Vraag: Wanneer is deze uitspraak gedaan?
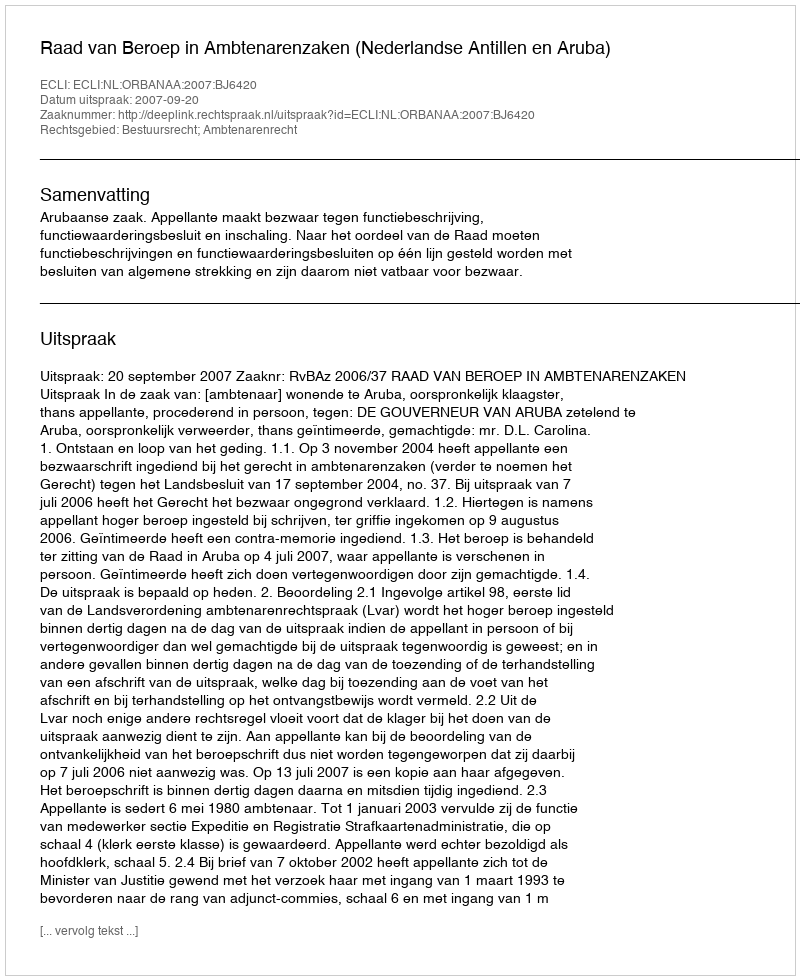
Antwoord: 2007-09-20